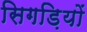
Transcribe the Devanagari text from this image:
सिगड़ियों